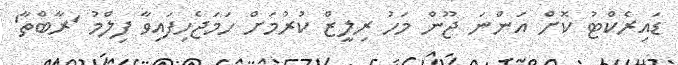
ޑައިރެކްޓު ކޮށް އަންނަ ޖޫން މަހު ރިލީޒް ކުރުމަށް ހަމަޖެހިފައިވާ ފިލްމު 'ރާބްތާ'